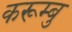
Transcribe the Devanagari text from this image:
करूम्बु